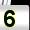
Digit: 5